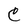
Character: C